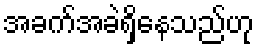
အခက်အခဲရှိနေသည်ဟု